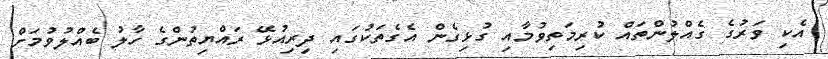
އެކި ވަރުގެ ގެއްލުންތައް ކުރިމަތިވުމާއި ގުޅިގެން އެގެތަކުގައި ދިރިއުޅޭ ރައްޔިތުންގެ ހާލު ބެއްލުވުމަށް